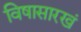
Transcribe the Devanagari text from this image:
विषासारखं